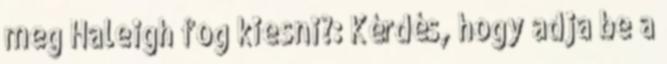
meg Haleigh fog kiesni?: Kérdés, hogy adja be a